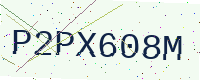
Text: P2PX608M